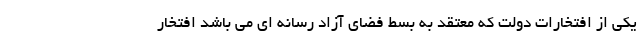
یکی از افتخارات دولت که معتقد به بسط فضای آزاد رسانه ای می باشد افتخار